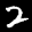
Label: 2